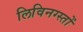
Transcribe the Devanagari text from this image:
लिविनग्स्तों